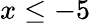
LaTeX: x\le-5